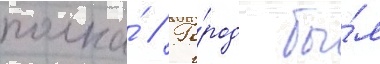
полка́ // Го́род бы́л